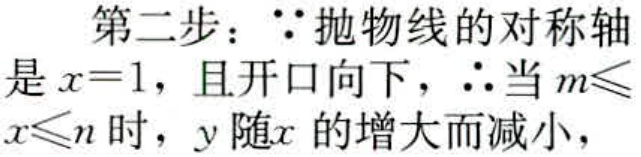
第二步：\(\because\)抛物线的对称轴是\(x = 1\)，且开口向下，\(\therefore\)当\(m\leqslant x\leqslant n\)时，\(y\)随\(x\)的增大而减小，